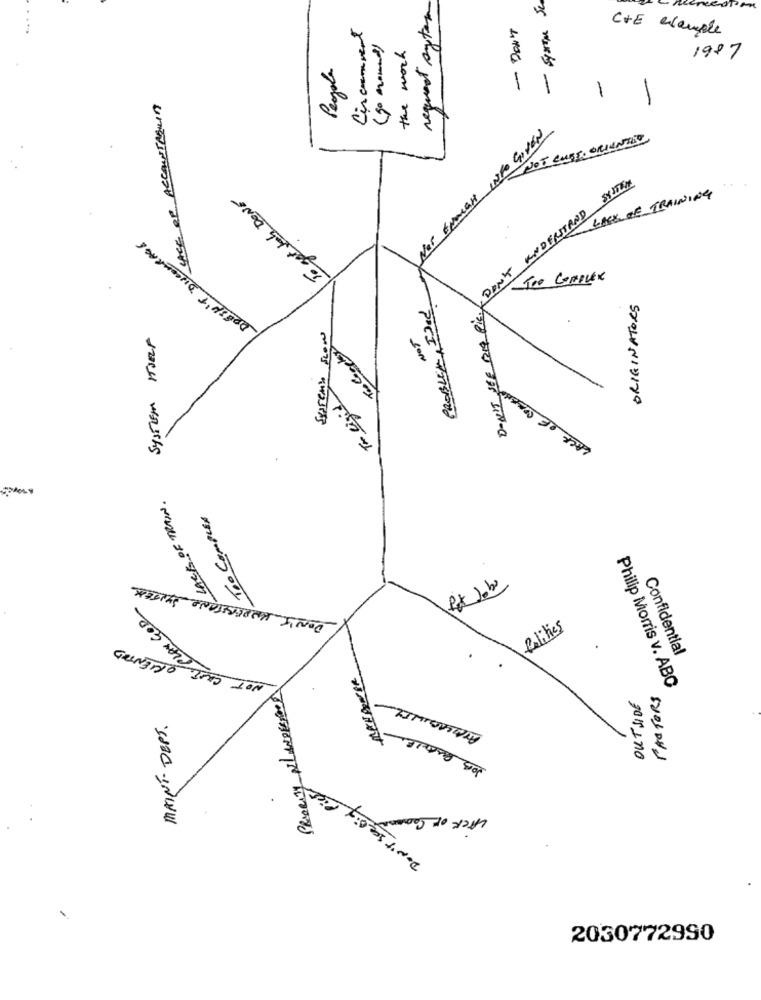
request system
Circumvent
-DON'T
C+E example
(50 mound)
the work
4861
Pegola
1
SICE OF ACCOUNTMENIN
NOS ENMER INFO GIVEN
NOT CUSTO ORIENTED
To get Job DONE
DON'T UNDERSTAND SYSTEM
LACK OF TRAINING
DOESN'T DISCOURAGE
TOO COMPLEX
PROBLEM, IDad
ORIGINATORS
DON'T SEE BRIG PIE.
SYSTEM ITSELF
NOT
Sparen
LACK OF SOMENO
LACK OF TRAIN .
TOO COMPLEX
DON'T UNDERSTAND SYSTEM
Pet Jobs
NOT CHILY PLAY GOD
Polites
ORIENTED
Confidential
PRIORITY NEL MEDESIMO
Philip Morris v. ABC
OUTSIDE
FACTORS
MAINT DEPT.
JOB BUTLLE
DON'T see Big Pick
2030772990